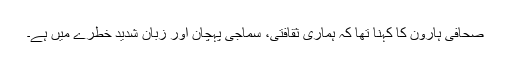
صحافی ہارون کا کہنا تھا کہ ہماری ثقافتی، سماجی پہچان اور زبان شدید خطرے میں ہے۔